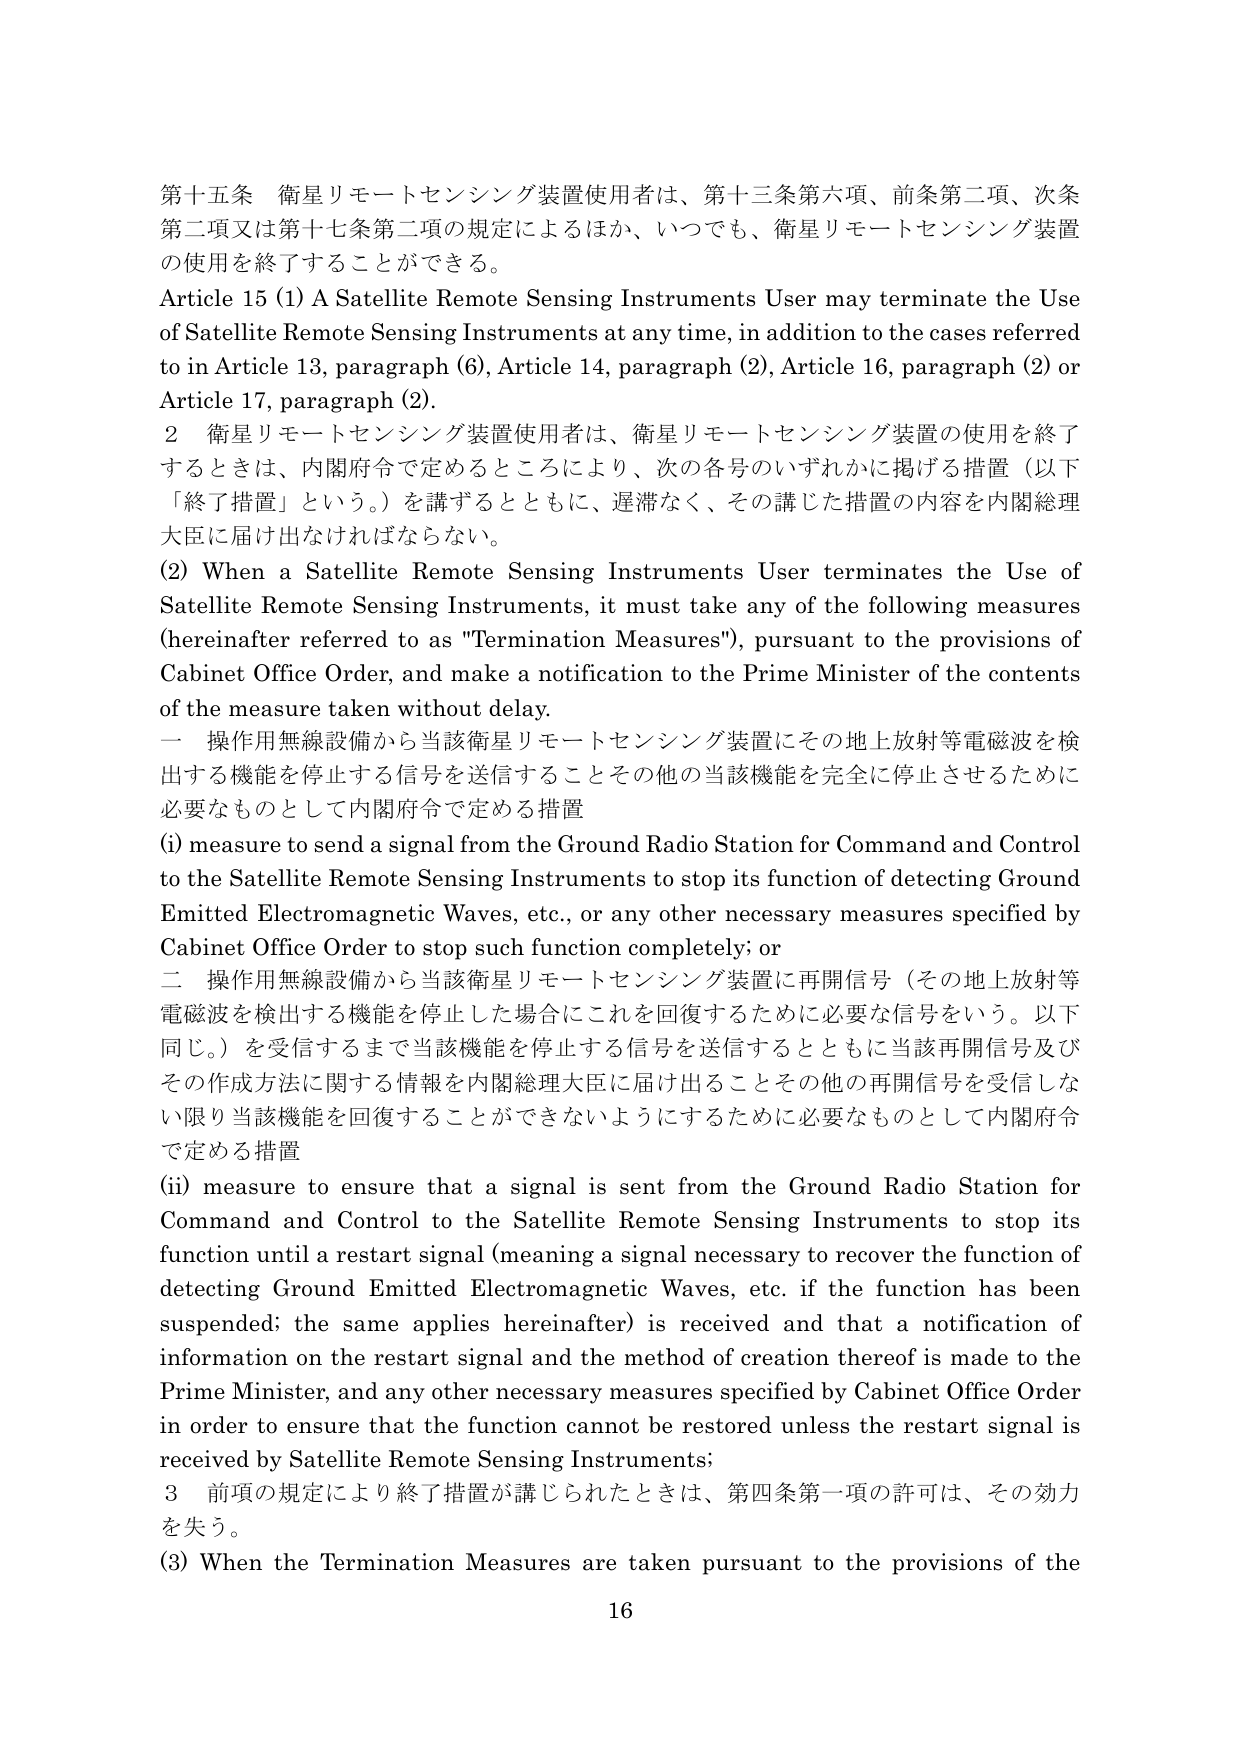
第十五条 衛星リモートセンシング装置使用者は、第十三条第六項、前条第二項、次条第二項又は第十七条第二項の規定によるほか、いつでも、衛星リモートセンシング装置の使用を終了することができる。

Article 15 (1) A Satellite Remote Sensing Instruments User may terminate the Use of Satellite Remote Sensing Instruments at any time, in addition to the cases referred to in Article 13, paragraph (6), Article 14, paragraph (2), Article 16, paragraph (2) or Article 17, paragraph (2).

2 衛星リモートセンシング装置使用者は、衛星リモートセンシング装置の使用を終了するときは、内閣府令で定めるところにより、次の各号のいずれかに掲げる措置（以下「終了措置」という。）を講ずるとともに、遅滞なく、その講じた措置の内容を内閣総理大臣に届け出なければならない。

(2) When a Satellite Remote Sensing Instruments User terminates the Use of Satellite Remote Sensing Instruments, it must take any of the following measures (hereinafter referred to as "Termination Measures"), pursuant to the provisions of Cabinet Office Order, and make a notification to the Prime Minister of the contents of the measure taken without delay.

一 操作用無線設備から当該衛星リモートセンシング装置にその地上放射等電磁波を検出する機能を停止する信号を送信することその他の当該機能を完全に停止させるために必要なものとして内閣府令で定める措置

(i) measure to send a signal from the Ground Radio Station for Command and Control to the Satellite Remote Sensing Instruments to stop its function of detecting Ground Emitted Electromagnetic Waves, etc., or any other necessary measures specified by Cabinet Office Order to stop such function completely; or

二 操作用無線設備から当該衛星リモートセンシング装置に再開信号（その地上放射等電磁波を検出する機能を停止した場合にこれを回復するために必要な信号をいう。以下同じ。）を受信するまで当該機能を停止する信号を送信するとともに当該再開信号及びその作成方法に関する情報を内閣総理大臣に届け出ることその他の再開信号を受信しない限り当該機能を回復することができないようにするために必要なものとして内閣府令で定める措置

(ii) measure to ensure that a signal is sent from the Ground Radio Station for Command and Control to the Satellite Remote Sensing Instruments to stop its function until a restart signal (meaning a signal necessary to recover the function of detecting Ground Emitted Electromagnetic Waves, etc. if the function has been suspended; the same applies hereinafter) is received and that a notification of information on the restart signal and the method of creation thereof is made to the Prime Minister, and any other necessary measures specified by Cabinet Office Order in order to ensure that the function cannot be restored unless the restart signal is received by Satellite Remote Sensing Instruments;

3 前項の規定により終了措置が講じられたときは、第四条第一項の許可は、その効力を失う。

(3) When the Termination Measures are taken pursuant to the provisions of the

16